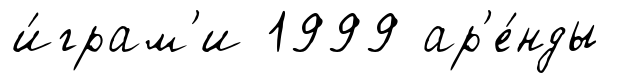
и́грам'и 1999 ар'е́нды